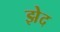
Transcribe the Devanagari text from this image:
झेद